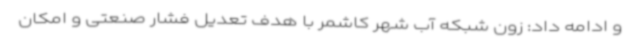
و ادامه داد: زون شبکه آب شهر کاشمر با هدف تعدیل فشار صنعتی و امکان